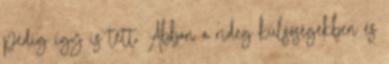
pedig így is tett. Abban a rideg külsőségekben és